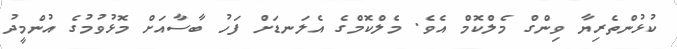
ކުޅުންތެރިޔާ ވިންގް މެލްކޮމް އެވެ. މެލްކޮމްގެ އެލަނޑަށް ފަހު ބާސާއަށް މޮޅުވުމުގެ އުންމީދު